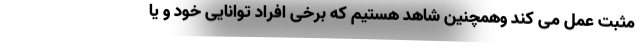
مثبت عمل می کند وهمچنین شاهد هستیم که برخی افراد توانایی خود و یا